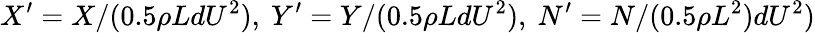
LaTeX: X^{\prime}=X/(0.5\rho LdU^{2}),~Y^{\prime}=Y/(0.5\rho LdU^{2}),~N^{\prime}=N/(0.5\rho L^{2})dU^{2})